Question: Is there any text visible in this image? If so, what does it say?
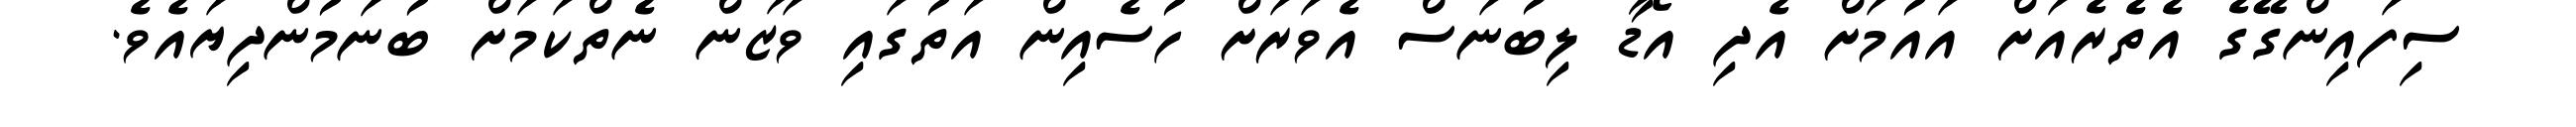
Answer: ސިފައިންގޭގެ އެތެރެއަށް އައުމަށް އެދި އޯޑާ ލިބުނަސް އެވަރަށް ހުސެއިން އަތުގައި ވަޒަން ނެތްކަމަށް ބުނަމުންދިޔައެވެ.